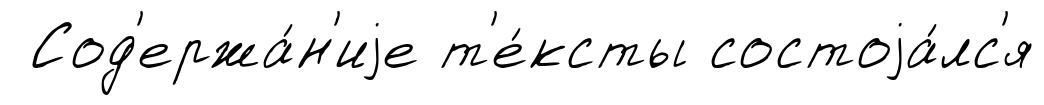
Сод'ержа́н'иjе т'е́ксты состоjа́лс'я